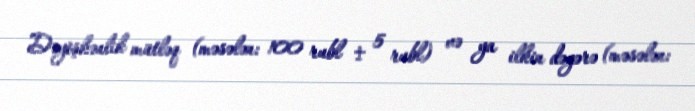
Dəyişkənlik mütləq (məsələn: 100 rubl ± 5 rubl) və ya ilkin dəyərə (məsələn: